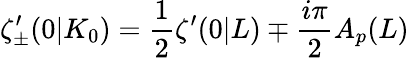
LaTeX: \zeta_{\pm}^{\prime}(0|K_{0})=\frac{1}{2}\zeta^{\prime}(0|L)\mp\frac{i\pi}{2}A_{p}(L)